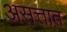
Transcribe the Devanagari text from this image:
असत्तात